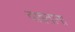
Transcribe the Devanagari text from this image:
वाहतांना